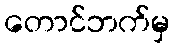
တောင်ဘက်မှ